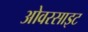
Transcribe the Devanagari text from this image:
ओवरसाइट